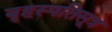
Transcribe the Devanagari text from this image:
बृहस्पतिसूत्र